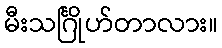
မီးသင်္ဂြိုဟ်တာလား။